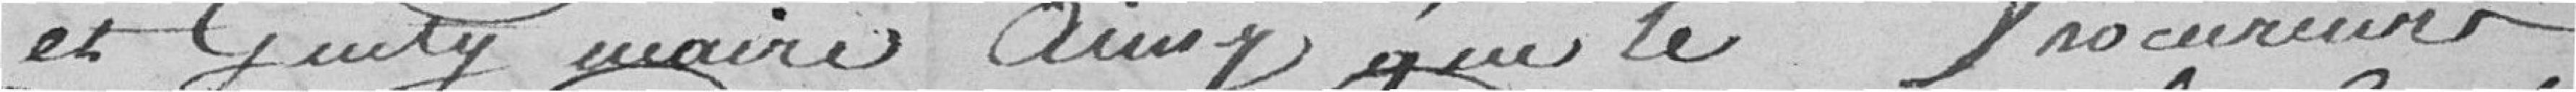
et Genty maire ainsy que le procureur